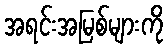
အရင်းအမြစ်များကို